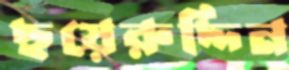
ছয়েরুদ্দিন